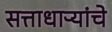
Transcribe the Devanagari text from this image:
सत्ताधाऱ्यांचे